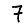
Digit: 7